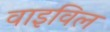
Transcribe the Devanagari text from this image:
वाइविल